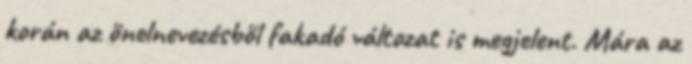
korán az önelnevezésből fakadó változat is megjelent. Mára az